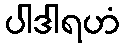
ပါဒါရဟံ